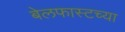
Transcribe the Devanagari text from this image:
बेलफास्टच्या